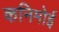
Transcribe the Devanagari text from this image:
कनिमोई